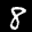
Label: 8